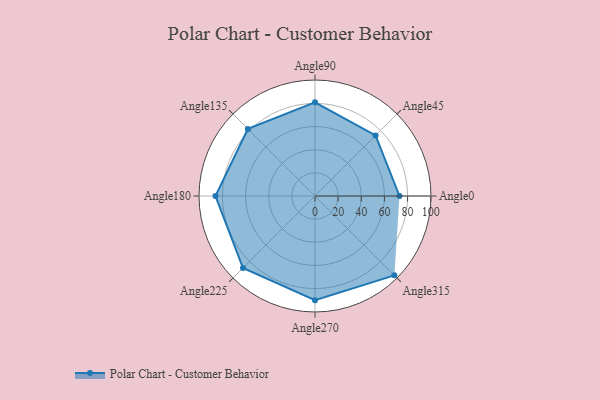
{"axis": {"x": "Angle", "y": "Radius"}, "legend": [""], "data": [{"x": "Angle0", "y": 73.0, "type": ""}, {"x": "Angle45", "y": 74.0, "type": ""}, {"x": "Angle90", "y": 81.0, "type": ""}, {"x": "Angle135", "y": 82.0, "type": ""}, {"x": "Angle180", "y": 86.0, "type": ""}, {"x": "Angle225", "y": 88.0, "type": ""}, {"x": "Angle270", "y": 90.0, "type": ""}, {"x": "Angle315", "y": 97.0, "type": ""}]}